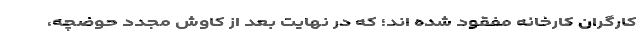
کارگران کارخانه مفقود شده اند؛ که در نهایت بعد از کاوش مجدد حوضچه،